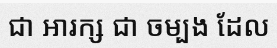
ជា អារក្ស ជា ចម្បង ដែល